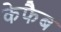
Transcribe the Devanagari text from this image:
केफैब